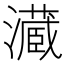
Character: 𤂘